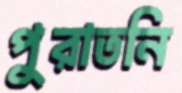
পুরাতনি